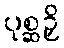
ပုစ္ဆဉှိ